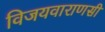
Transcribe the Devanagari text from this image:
विजयवाराणसी